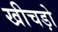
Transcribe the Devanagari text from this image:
खीचड़ो